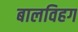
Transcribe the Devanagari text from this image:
बालविहग